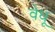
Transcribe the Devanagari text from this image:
वेधू